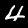
Label: 4